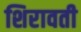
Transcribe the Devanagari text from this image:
शिरावती